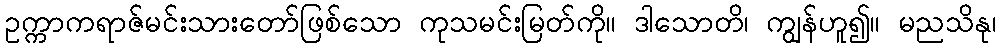
ဥက္ကာကရာဇ်မင်းသားတော်ဖြစ်သော ကုသမင်းမြတ်ကို။ ဒါသောတိ၊ ကျွန်ဟူ၍။ မညသိနု၊